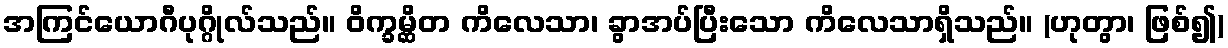
အကြင်ယောဂီပုဂ္ဂိုလ်သည်။ ဝိက္ခမ္ဆိတ ကိလေသာ၊ ခွာအပ်ပြီးသော ကိလေသာရှိသည်။ (ဟုတွာ၊ ဖြစ်၍)